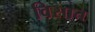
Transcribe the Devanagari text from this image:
विसात